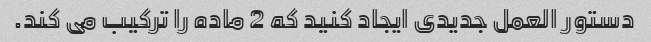
دستور العمل جدیدی ایجاد کنید که 2 ماده را ترکیب می کند.